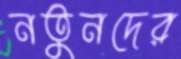
নতুনদের